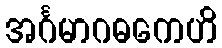
အင်္ဂမာဂဓကေဟိ